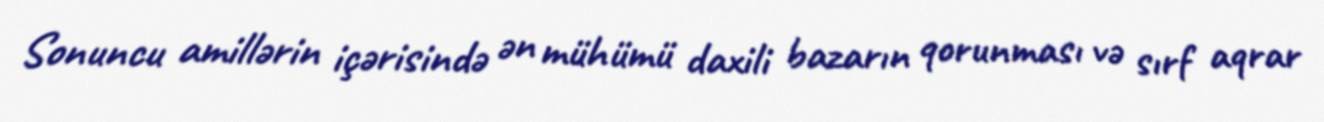
Sonuncu amillərin içərisində ən mühümü daxili bazarın qorunması və sırf aqrar